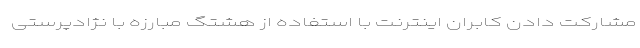
مشارکت دادن کابران اینترنت با استفاده از هشتگ مبارزه با نژادپرستی